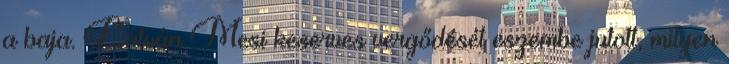
a baja. Látván Mesi keserves vergődését eszembe jutott, milyen